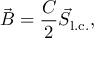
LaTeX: \vec { B } = \frac { C } { 2 } \vec { S } _ { \mathrm { l . c . } } ,